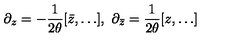
\partial _ { z } = - \frac { 1 } { 2 \theta } [ \bar { z } , \ldots ] , \ \partial _ { \bar { z } } = \frac { 1 } { 2 \theta } [ z , \ldots ]